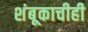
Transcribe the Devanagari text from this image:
शंबूकाचीही